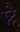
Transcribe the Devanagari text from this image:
म्है